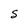
Character: S